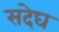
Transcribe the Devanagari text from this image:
सदेघ